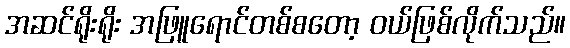
အဆင်ရိုးရိုး အဖြူရောင်တစ်စတော့ ဝယ်ဖြစ်လိုက်သည်။